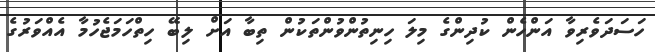
ހަސަދަވެރިވާ އަންހެން ކުދިންގެ މިލަ ހިނިތުންވުންތަކުން ތިބާ އަށް ލިބޭ ހިތްހަމަޖެހުމާ އެއްވަރުގެ